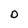
Character: D